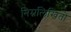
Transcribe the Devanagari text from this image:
निम्नलिखितों